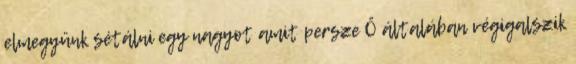
elmegyünk sétálni egy nagyot amit persze Ő általában végigalszik